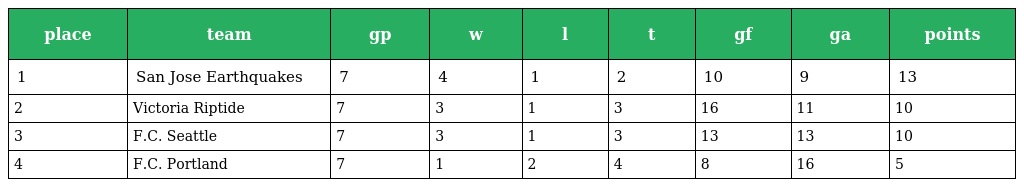
| place | team | gp | w | l | t | gf | ga | points |
 | --- | --- | --- | --- | --- | --- | --- | --- | --- |
 | 1 | San Jose Earthquakes | 7 | 4 | 1 | 2 | 10 | 9 | 13 |
 | 2 | Victoria Riptide | 7 | 3 | 1 | 3 | 16 | 11 | 10 |
 | 3 | F.C. Seattle | 7 | 3 | 1 | 3 | 13 | 13 | 10 |
 | 4 | F.C. Portland | 7 | 1 | 2 | 4 | 8 | 16 | 5 |